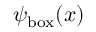
\psi _ { \mathrm { { b o x } } } ( x )